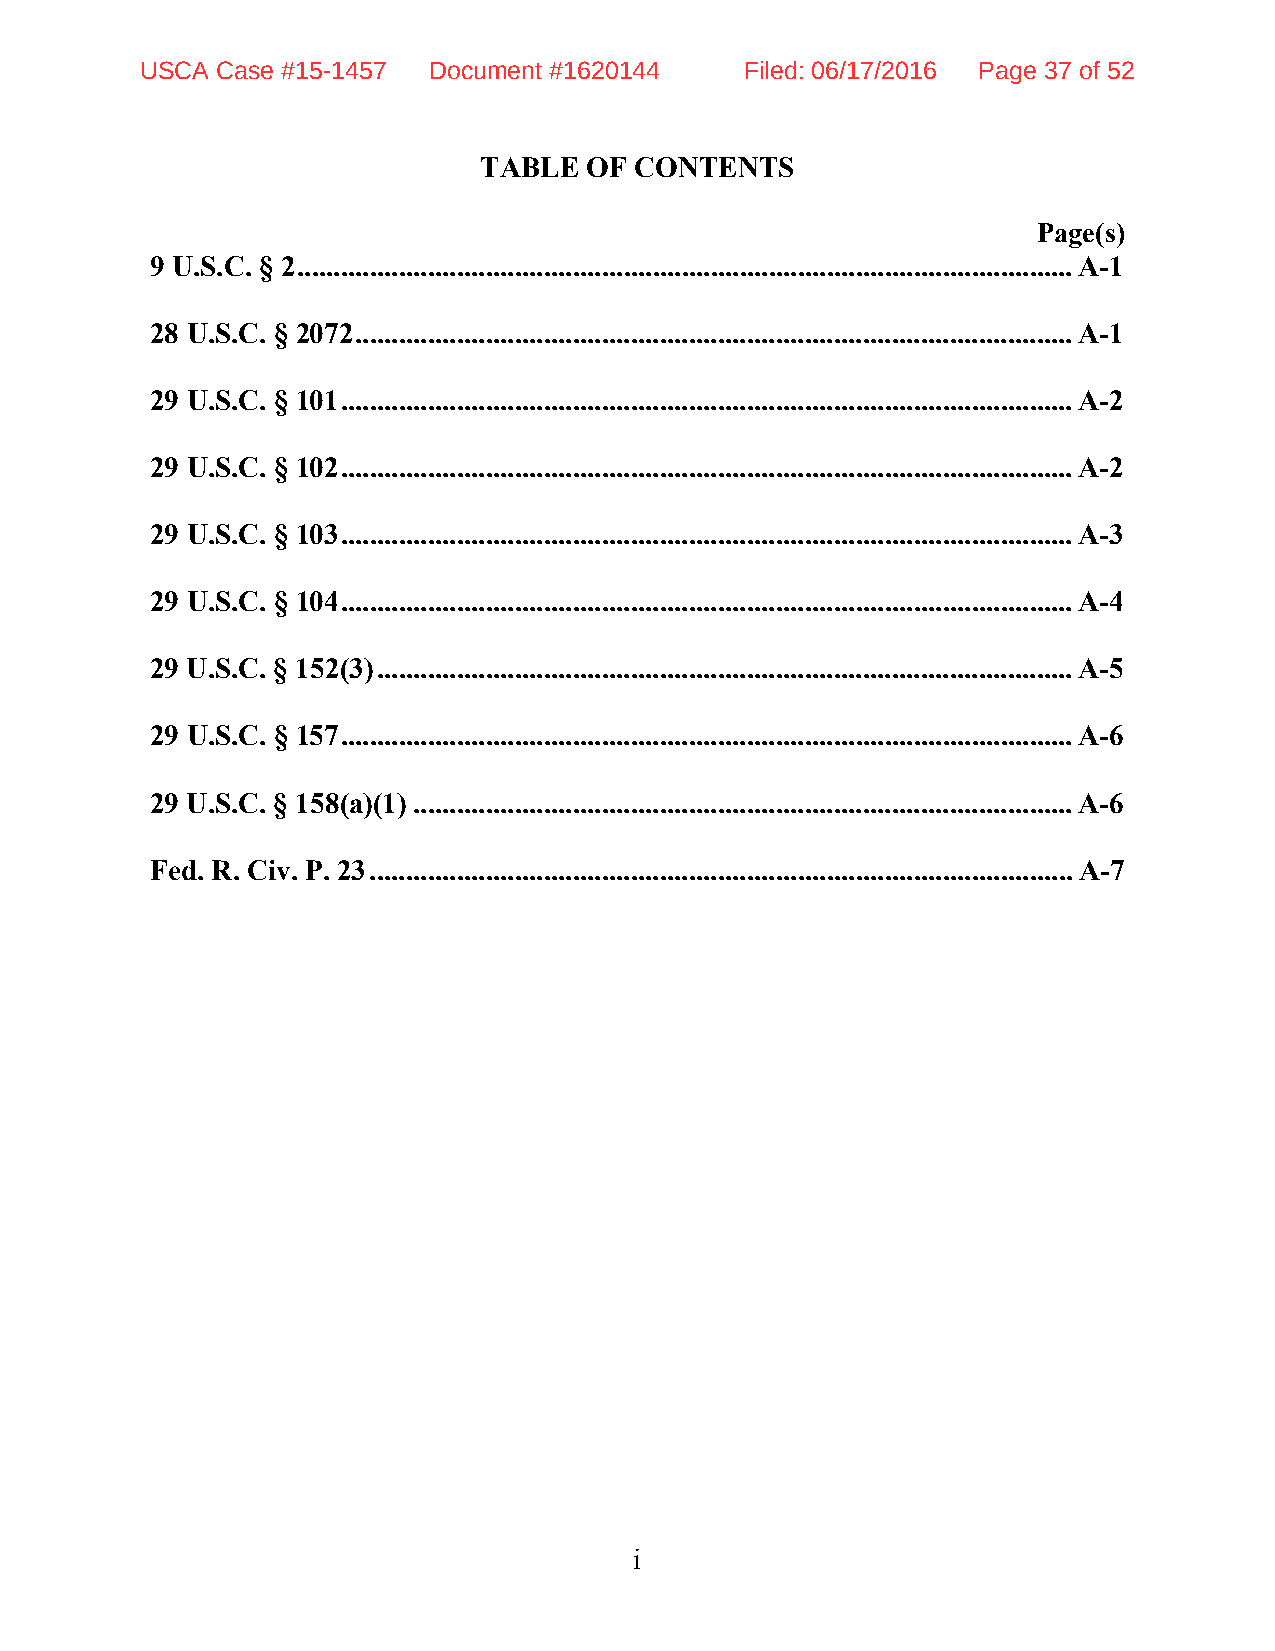
USCA Case #15-1457 Document #1620144    Filed: 06/17/2016 Page 37 of 52
 TABLE  OF CONTENTS
 Page(s)
 9 U.S.C. § 2 ........................................................................................................... A-1
 28 U.S.C. § 2072 ................................................................................................... A-1
 29 U.S.C. § 101 ..................................................................................................... A-2
 29 U.S.C. § 102 ..................................................................................................... A-2
 29 U.S.C. § 103 ..................................................................................................... A-3
 29 U.S.C. § 104 ..................................................................................................... A-4
 29 U.S.C. § 152(3) ................................................................................................ A-5
 29 U.S.C. § 157 ..................................................................................................... A-6
 29 U.S.C. § 158(a)(1) ........................................................................................... A-6
 Fed. R. Civ. P. 23 ................................................................................................. A-7
 i